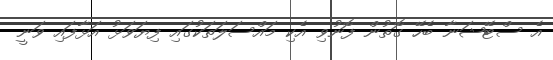
އެ ސްޓޭޝަނާ ބެހޭ ގޮތުން ފޮނުވި އެކި މައްސަލަތަކުގައި ފިޔަވަޅު އަޅާފައި ވަނީ